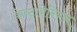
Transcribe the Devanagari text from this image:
केन्टाबेरियन